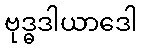
ဗုဒ္ဓဒါယာဒေါ